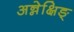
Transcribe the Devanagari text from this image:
अन्नेक्षिङ्